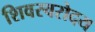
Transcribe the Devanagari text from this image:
शिवस्वरोदय